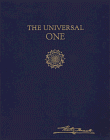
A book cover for The Universal One; Walter Russell; Science & Math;